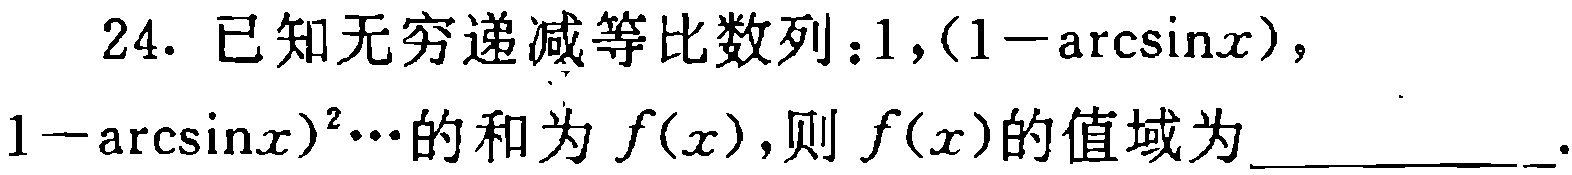
24. 已知无穷递减等比数列：$1,(1 - \arcsin x),(1 - \arcsin x)^2\cdots$的和为$f(x)$，则$f(x)$的值域为___.